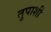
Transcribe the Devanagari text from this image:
तुपाशी